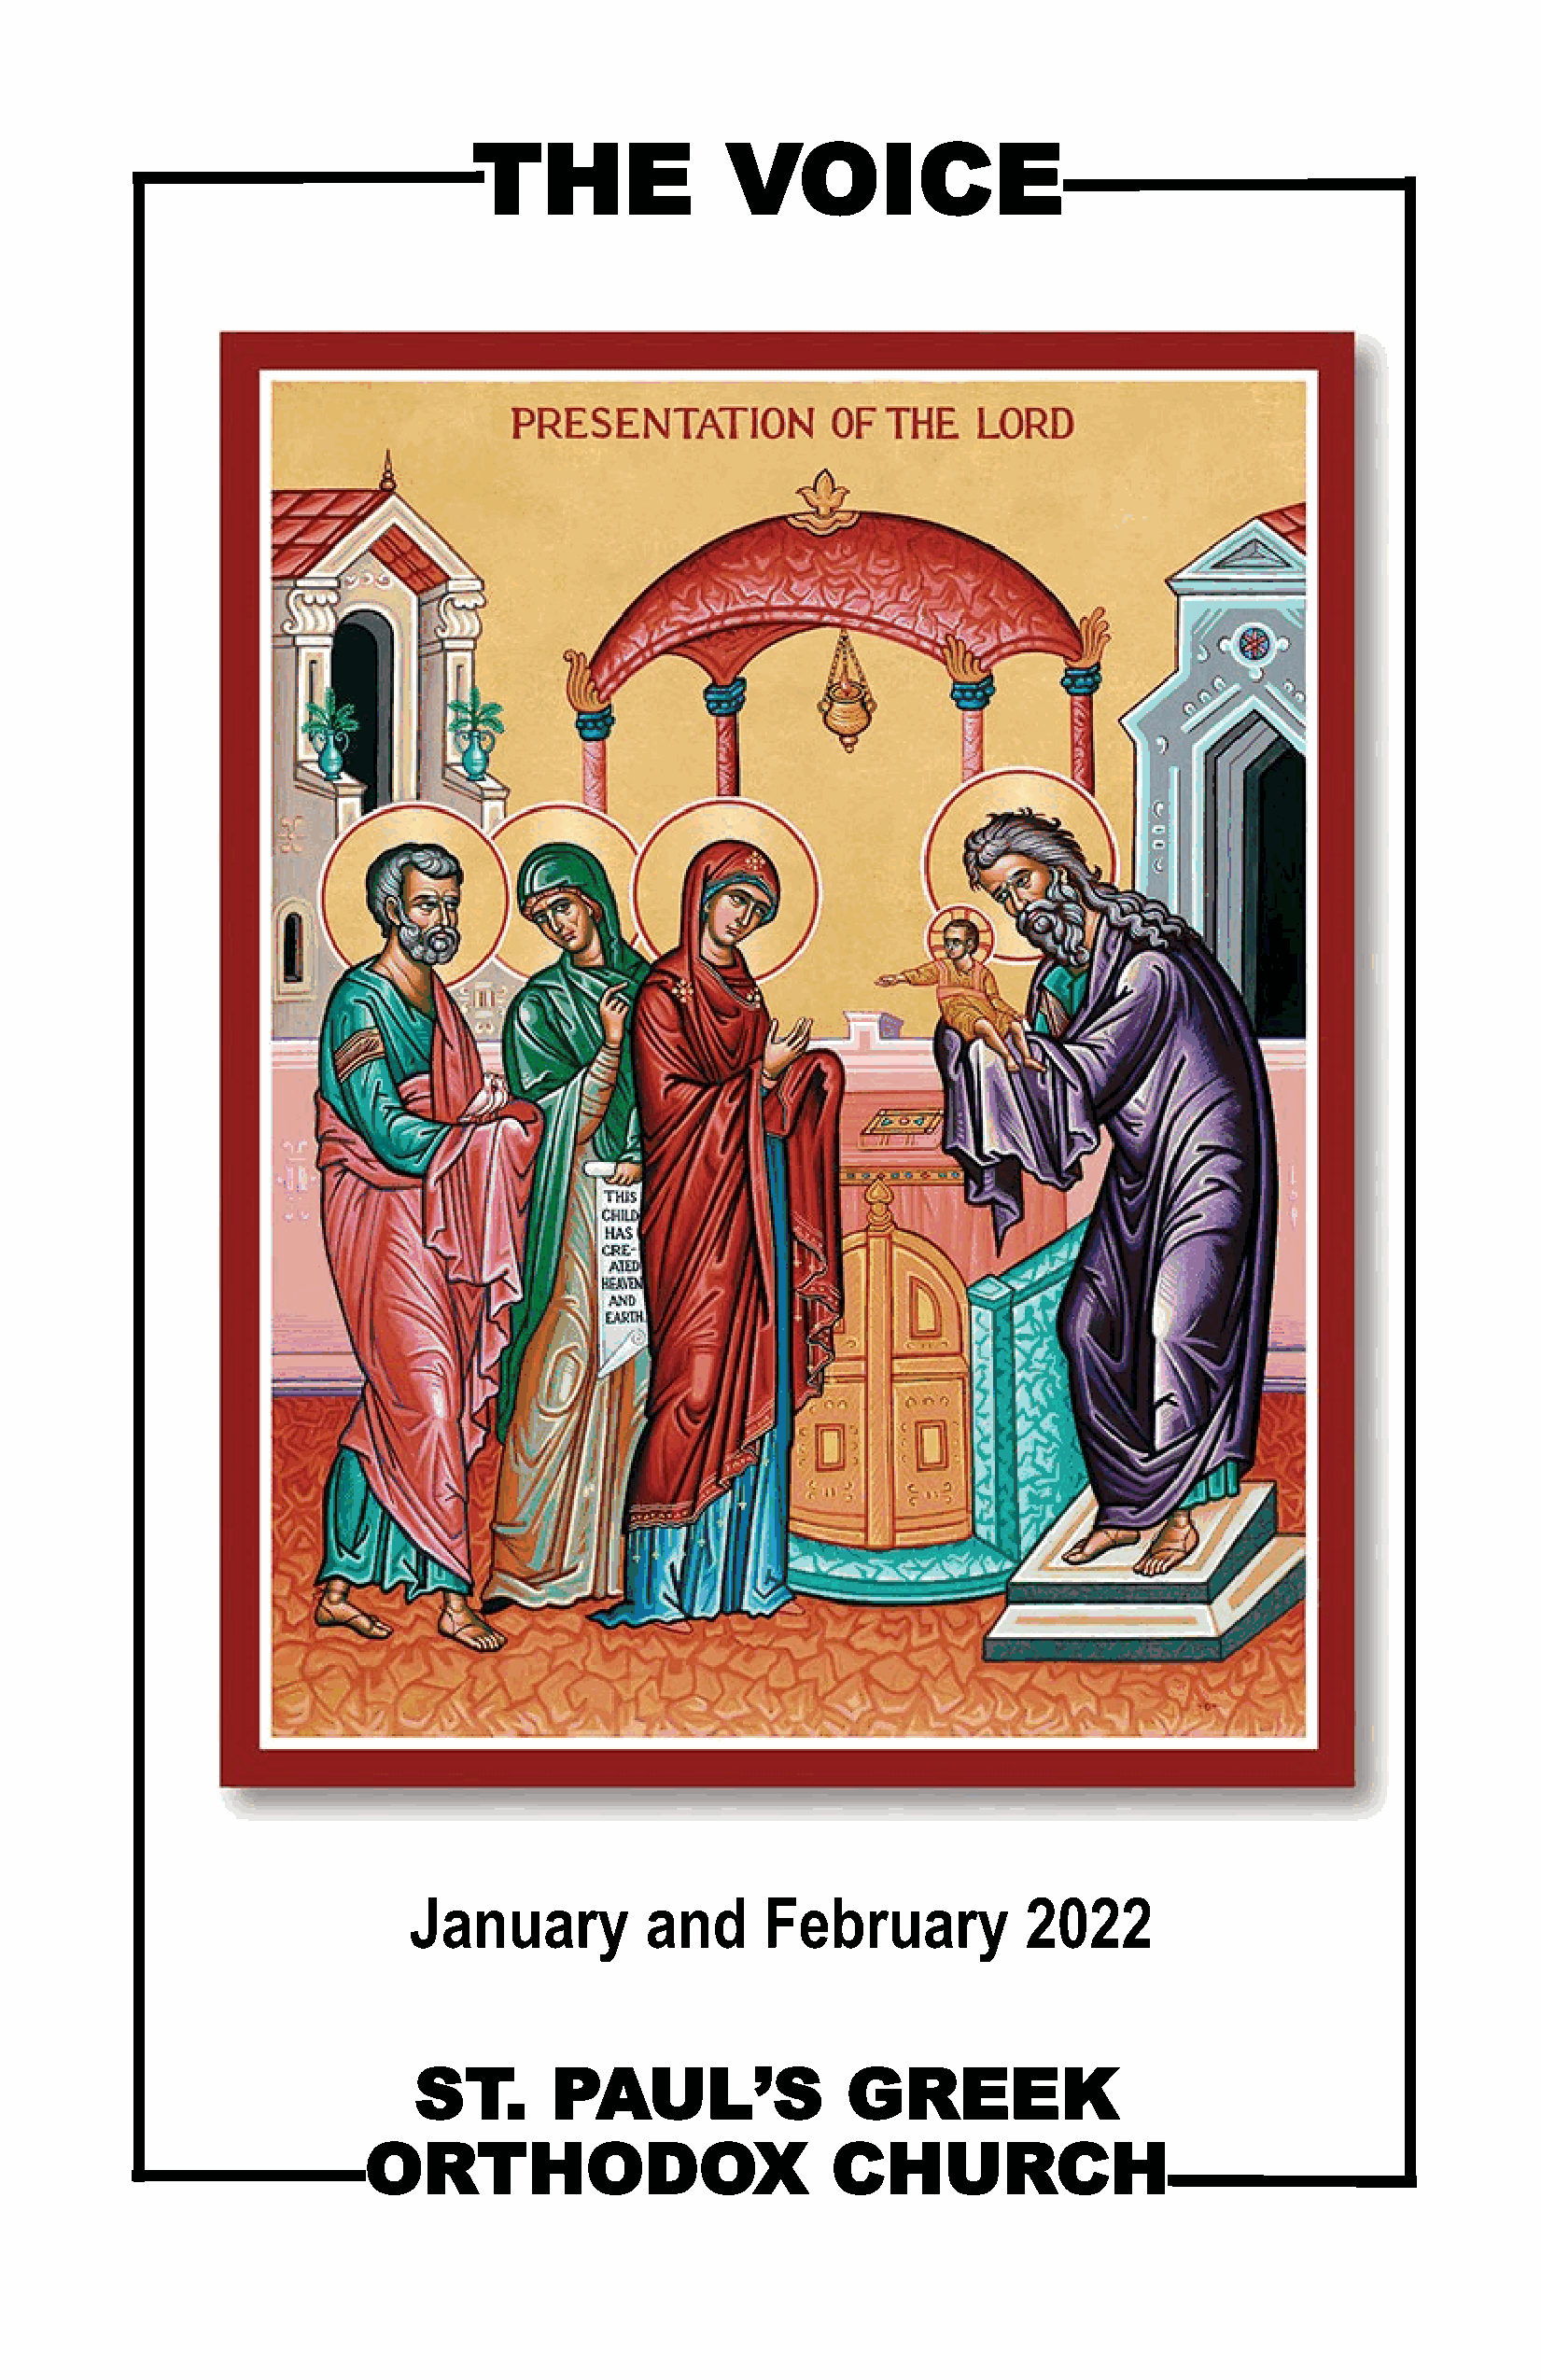
THE               VOICE
 January          and     February           2022
 ST.       PAUL’S               GREEK
 ORTHODOX                         CHURCH